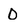
Character: O